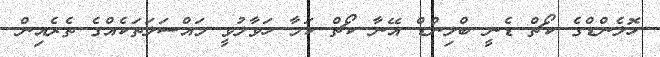
ހޮލެންޑްގެ ކޯޗް ޑެނީ ބްލިންޑް އޭނާ ކޯޗް ކަމާ ހަވާލުވީ މައްސަލަތަކެއްގެ ތެރެއިން.